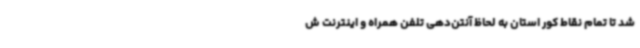
شد تا تمام نقاط کور استان به لحاظ آنتن‌دهی تلفن همراه و اینترنت ش